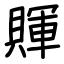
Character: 賱